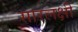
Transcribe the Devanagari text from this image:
सारलक्षी